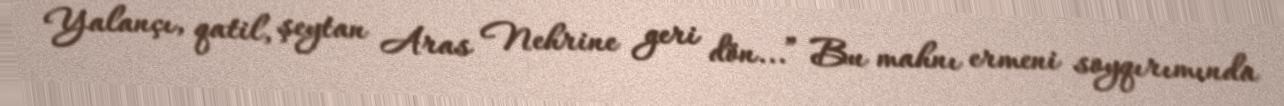
Yalançı, qatil, şeytan Aras Nehrine geri dön...” Bu mahnı ermeni soyqırımında